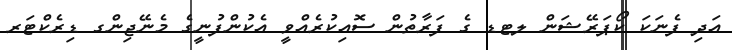
އަދި ފެނަކަ ކޯޕަރޭޝަން ލޓޑ ގެ ފަރާތުން ސޮއިކުރެއްވީ އެކުންފުނީގެ މެނޭޖިންގ ޑިރެކްޓަރ